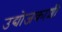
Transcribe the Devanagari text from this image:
उद्योजकाशी